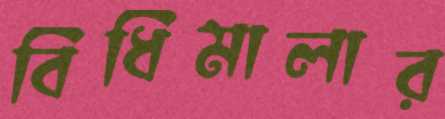
বিধিমালার